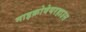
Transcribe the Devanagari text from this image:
माइक्रोवेयरहाउस